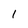
Character: 1